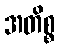
အတိစ္စ